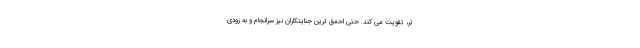
تر، تقویت می کند. حتی احمق ترین جنایتکاران نیز سرانجام و به زودی